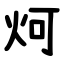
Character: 炣